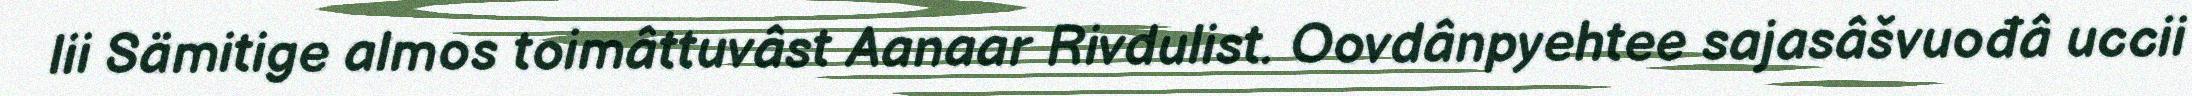
lii Sämitige almos toimâttuvâst Aanaar Rivdulist. Oovdânpyehtee sajasâšvuođâ uccii